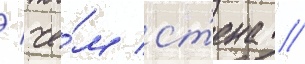
/ че́м ст'ена /